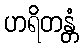
ဟရိတန္တံ